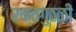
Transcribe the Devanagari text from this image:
रक्तगुठळी